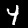
Digit: 4